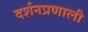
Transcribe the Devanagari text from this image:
दर्शनप्रणाली